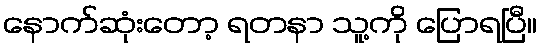
နောက်ဆုံးတော့ ရတနာ သူ့ကို ပြောရပြီ။